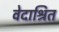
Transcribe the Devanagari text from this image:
वेदाश्रित